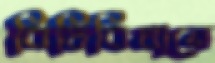
বিধিবিধানে